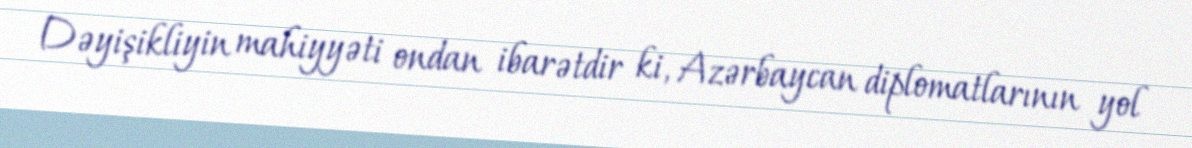
Dəyişikliyin mahiyyəti ondan ibarətdir ki, Azərbaycan diplomatlarının yol